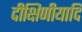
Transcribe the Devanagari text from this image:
दीक्षिणीयादि